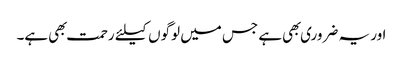
اور یہ ضروری بهی ہے جس میں لوگوں کیلئے رحمت بهی ہے۔